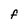
Character: F